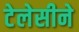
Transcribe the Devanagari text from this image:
टेलेसीने